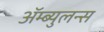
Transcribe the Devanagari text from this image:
ॲम्ब्युलन्स